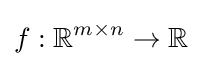
f:\mathbb {R} ^{m\times n}\rightarrow \mathbb {R}